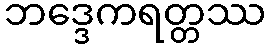
ဘဒ္ဒေကရတ္တဿ